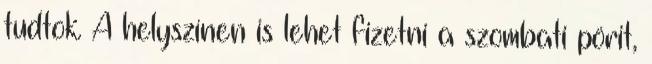
tudtok. A helyszínen is lehet fizetni a szombati pörit,